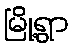
မြို့ရွာ